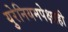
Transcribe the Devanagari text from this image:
युरेनियमपेक्षाही